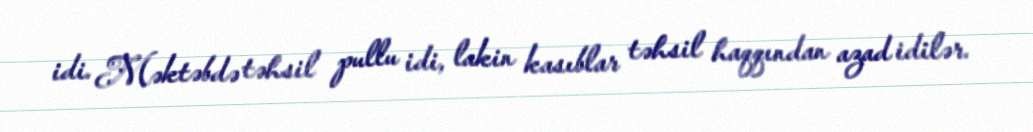
idi. Məktəbdə təhsil pullu idi, lakin kasıblar təhsil haqqından azad idilər.